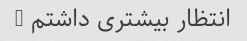
انتظار بیشتری داشتم =